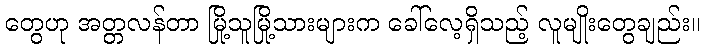
တွေဟု အတ္တလန်တာ မြို့သူမြို့သားများက ခေါ်လေ့ရှိသည့် လူမျိုးတွေချည်း။